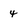
Character: 4